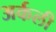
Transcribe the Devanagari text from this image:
अर्कली